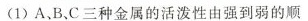
(1)A、B、C三种金属的活泼性由强到弱的顺